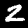
Digit: 2